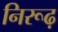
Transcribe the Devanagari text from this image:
निरूढ़